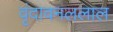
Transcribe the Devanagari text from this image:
वृंदावनललाल